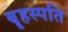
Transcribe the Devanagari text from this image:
बॄहस्पति